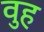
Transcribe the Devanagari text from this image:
वुह